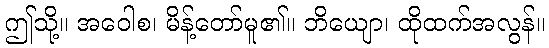
ဤသို့။ အဝေါစ၊ မိန့်တော်မူ၏။ ဘိယျော၊ ထိုထက်အလွန်။